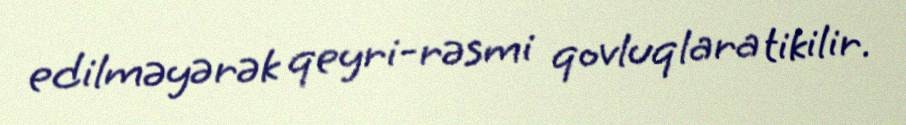
edilməyərək qeyri-rəsmi qovluqlara tikilir.